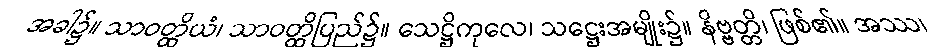
အခါ၌။ သာဝတ္ထိယံ၊ သာဝတ္ထိပြည်၌။ သေဋ္ဌိကုလေ၊ သဋ္ဌေးအမျိုး၌။ နိဗ္ဗတ္တိ၊ ဖြစ်၏။ အဿ၊